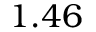
1 . 4 6